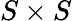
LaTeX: S\times S